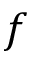
f